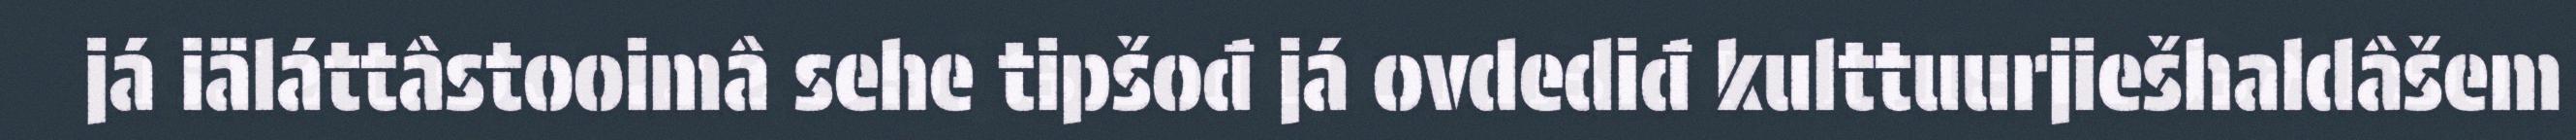
já iäláttâstooimâ sehe tipšođ já ovdediđ kulttuurjiešhaldâšem